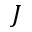
J